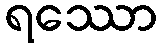
ရဿော